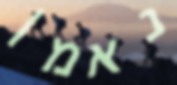
נאמן